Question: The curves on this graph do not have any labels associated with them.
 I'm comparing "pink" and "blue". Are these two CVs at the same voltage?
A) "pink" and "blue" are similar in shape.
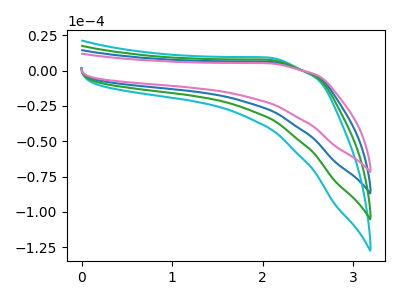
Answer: <think>The blue curve "blue" has no peaks. The cyan curve "cyan" has no peaks. The green curve "green" has no peaks. The pink curve "pink" has no peaks.
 Neither "pink" or "blue" have any peaks.</think>
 <answer>A) "pink" and "blue" are similar in shape.</answer>
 <eval>A</eval>